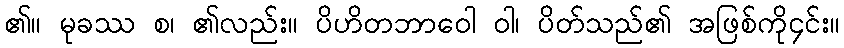
၏။ မုခဿ စ၊ ၏လည်း။ ပိဟိတဘာဝေါ ဝါ၊ ပိတ်သည်၏ အဖြစ်ကို၄င်း။